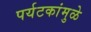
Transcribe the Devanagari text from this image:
पर्यटकांमुळे